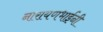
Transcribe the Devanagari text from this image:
नारायणभाईंनी